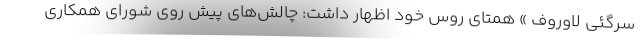
سرگئی لاوروف » همتای روس خود اظهار داشت: چالش‌های پیش روی شورای همکاری